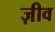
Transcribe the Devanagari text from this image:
ज़ीव